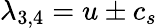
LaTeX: \lambda_{3,4}=u\pm c_{s}